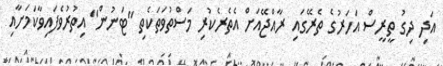
އަދި ދިގު ތީރީސް އަހަރުގެ ތެރޭގައި ރާއްޖޭއަށް އެތެރެކުރި މަސްތުވަތަކެތި "ޓަނުން" އިތުރުވެފައިވާކަމަށާއި